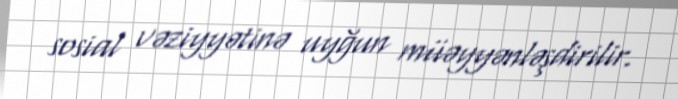
sosial vəziyyətinə uyğun müəyyənləşdirilir.